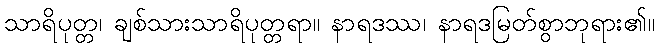
သာရိပုတ္တ၊ ချစ်သားသာရိပုတ္တရာ။ နာရဒဿ၊ နာရဒမြတ်စွာဘုရား၏။